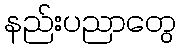
နည်းပညာတွေ